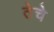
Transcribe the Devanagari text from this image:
तेचे